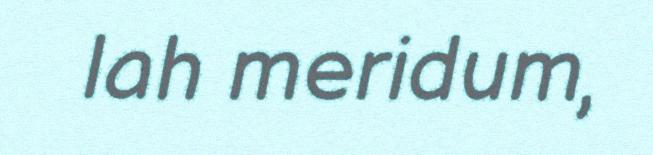
lah meridum,